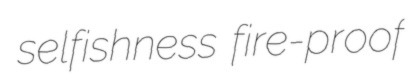
selfishness fire-proof